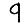
Digit: 9